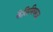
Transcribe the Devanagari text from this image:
फैलिमियरज़